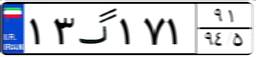
۱۳گ۱۷۱۹۱